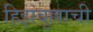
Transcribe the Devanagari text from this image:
हिझबुल्लाची